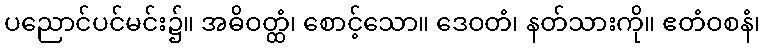
ပညောင်ပင်မင်း၌။ အဓိဝတ္ထံ၊ စောင့်သော။ ဒေဝတံ၊ နတ်သားကို။ ဧတံဝစနံ၊